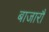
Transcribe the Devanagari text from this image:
बाजारौं